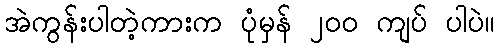
အဲကွန်းပါတဲ့ကားက ပုံမှန် ၂၀၀ ကျပ် ပါပဲ။